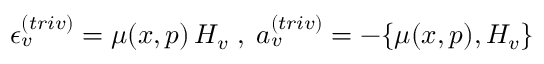
\epsilon _ { v } ^ { ( t r i v ) } = \mu ( x , p ) \, H _ { v } \; , \; a _ { v } ^ { ( t r i v ) } = - \{ \mu ( x , p ) , H _ { v } \}